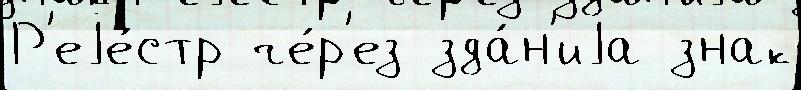
Р'еjе́стр че́р'ез зда́н'иjа знак